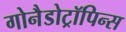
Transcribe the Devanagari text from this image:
गोनैडोट्रॉपिन्स